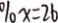
\% x = 2 6